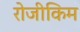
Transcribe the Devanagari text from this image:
रोजीकिम